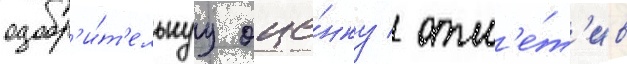
одобр'и́т'ельнуу оце́нку / отм'е́т'ив